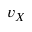
v _ { X }